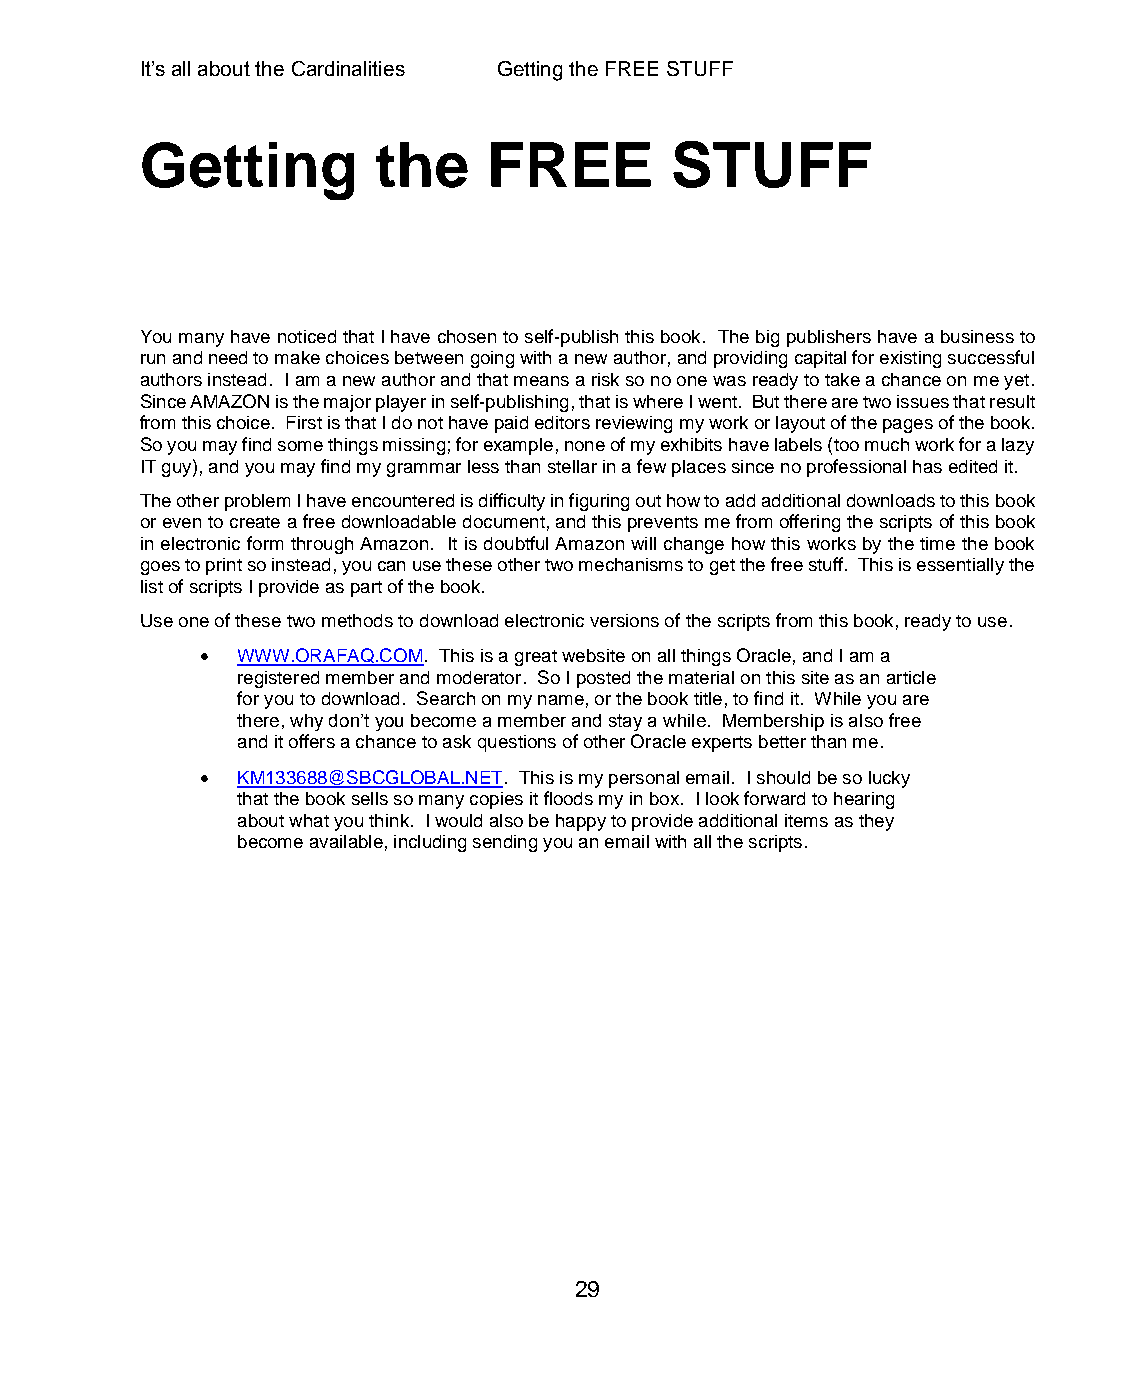
It’s all about the Cardinalities Getting the FREE STUFF
 Getting         the    FREE        STUFF
 You many have noticed that I have chosen to self-publish this book. The big publishers have a business to
 run and need to make choices between going with a new author, and providing capital for existing successful
 authors instead. I am a new author and that means a risk so no one was ready to take a chance on me yet.
 Since AMAZON is the major player in self-publishing, that is where I went. But there are two issues that result
 from this choice. First is that I do not have paid editors reviewing my work or layout of the pages of the book.
 So you may find some things missing; for example, none of my exhibits have labels (too much work for a lazy
 IT guy), and you may find my grammar less than stellar in a few places since no professional has edited it.
 The other problem I have encountered is difficulty in figuring out how to add additional downloads to this book
 or even to create a free downloadable document, and this prevents me from offering the scripts of this book
 in electronic form through Amazon. It is doubtful Amazon will change how this works by the time the book
 goes to print so instead, you can use these other two mechanisms to get the free stuff. This is essentially the
 list of scripts I provide as part of the book.
 Use one of these two methods to download electronic versions of the scripts from this book, ready to use.
   WWW.ORAFAQ.COM. This is a great website on all things Oracle, and I am a
 registered member and moderator. So I posted the material on this site as an article
 for you to download. Search on my name, or the book title, to find it. While you are
 there, why don’t you become a member and stay a while. Membership is also free
 and it offers a chance to ask questions of other Oracle experts better than me.
   KM133688@SBCGLOBAL.NET. This is my personal email. I should be so lucky
 that the book sells so many copies it floods my in box. I look forward to hearing
 about what you think. I would also be happy to provide additional items as they
 become available, including sending you an email with all the scripts.
 29